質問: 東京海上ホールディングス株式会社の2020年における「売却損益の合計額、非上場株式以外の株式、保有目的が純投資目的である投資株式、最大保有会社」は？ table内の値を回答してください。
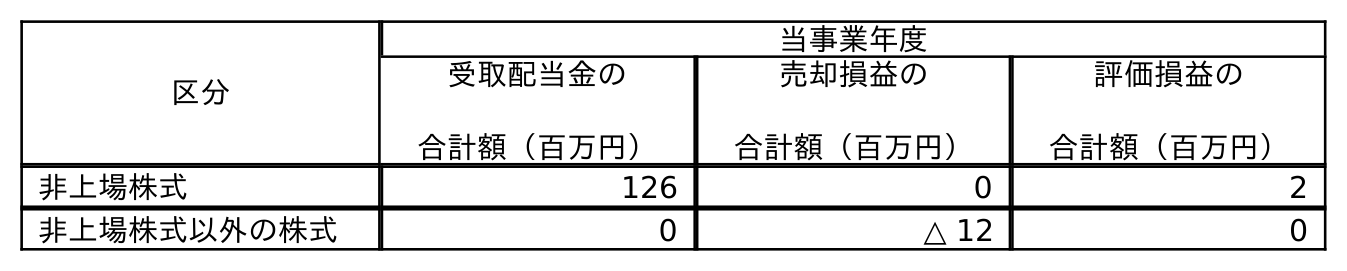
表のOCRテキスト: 区分 当事業年度 受取配当金の 合計額（百万円） 売却損益の 合計額（百万円） 評価損益の 合計額（百万円） 非上場株式 126 0 2 非上場株式以外の株式 0 △ 12 0
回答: △12